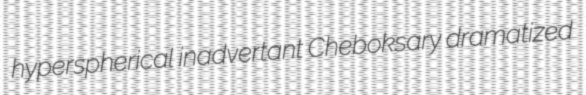
hyperspherical inadvertant Cheboksary dramatized